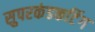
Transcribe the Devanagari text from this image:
सुपरकंडकटिंग